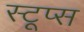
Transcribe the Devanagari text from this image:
स्टूप्स